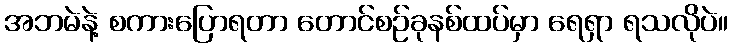
အဘမဲနဲ့ စကားပြောရတာ တောင်စဉ်ခုနစ်ထပ်မှာ ရေရှာ ရသလိုပဲ။